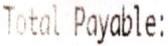
TOTAL PAYABLE: